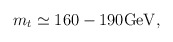
\begin{align*}m_t\simeq 160-190{\rm GeV},\end{align*}